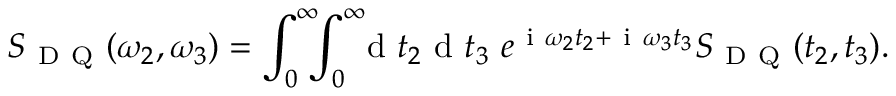
S _ { \mathrm { ~ D ~ Q ~ } } ( \omega _ { 2 } , \omega _ { 3 } ) = \int _ { 0 } ^ { \infty } \! \! \! \int _ { 0 } ^ { \infty } \! \! \! \ensuremath { \mathrm { ~ d ~ } } t _ { 2 } \ensuremath { \mathrm { ~ d ~ } } t _ { 3 } \ e ^ { \ensuremath { \mathrm { ~ i ~ } } \omega _ { 2 } t _ { 2 } + \ensuremath { \mathrm { ~ i ~ } } \omega _ { 3 } t _ { 3 } } S _ { \mathrm { ~ D ~ Q ~ } } ( t _ { 2 } , t _ { 3 } ) .